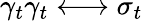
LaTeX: \gamma_{t}\gamma_{t}\longleftrightarrow\sigma_{t}